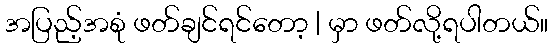
အပြည့်အစုံ ဖတ်ချင်ရင်တော့ | မှာ ဖတ်လို့ရပါတယ်။